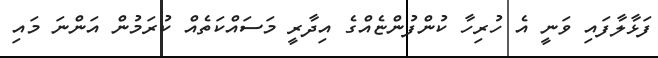
ފަޅާލާފައި ވަނީ އެ ހުރިހާ ކުންފުންޏެއްގެ އިދާރީ މަސައްކަތެއް ކުރަމުން އަންނަ މައި